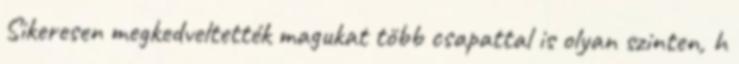
Sikeresen megkedveltették magukat több csapattal is olyan szinten, h